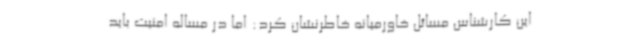
این کارشناس مسائل خاورمیانه خاطرنشان کرد: اما در مساله امنیت باید